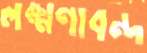
লক্ষ্মণাবন্দ